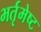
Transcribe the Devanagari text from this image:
भर्तृमेष्ट